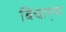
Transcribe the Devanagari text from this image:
बिचार्‍या